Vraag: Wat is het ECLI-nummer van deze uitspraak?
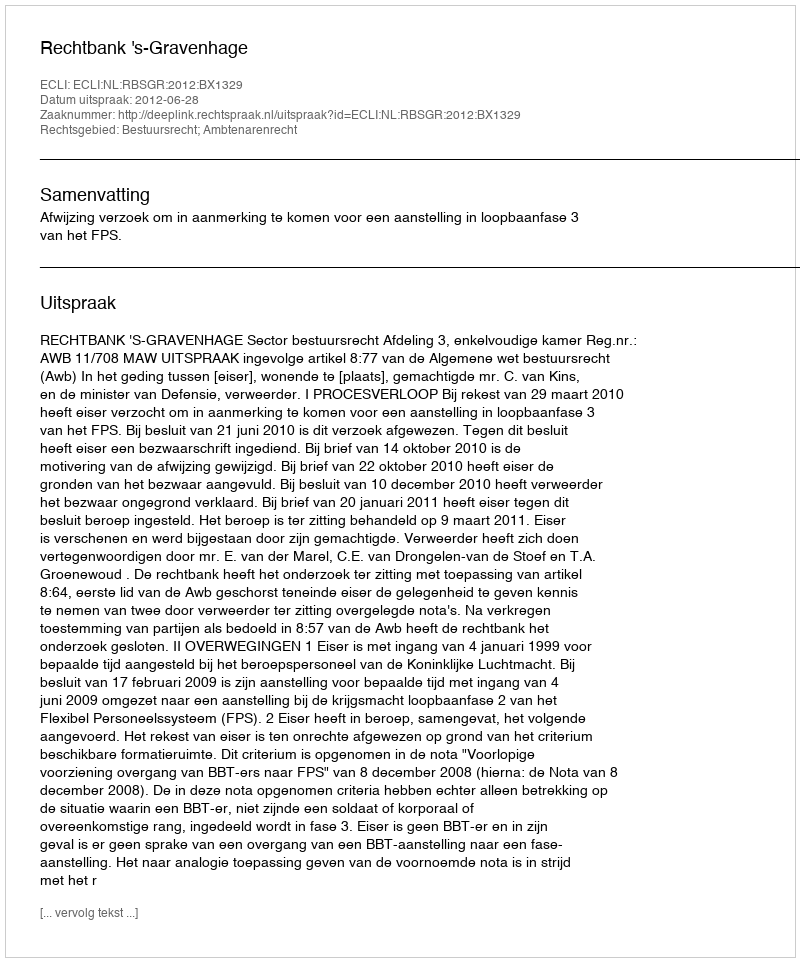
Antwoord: ECLI:NL:RBSGR:2012:BX1329